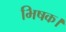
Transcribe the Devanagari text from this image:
भिषक।